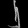
Digit: ၂